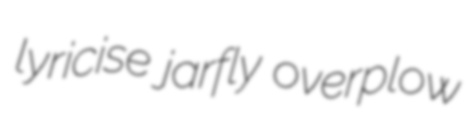
lyricise jarfly overplow